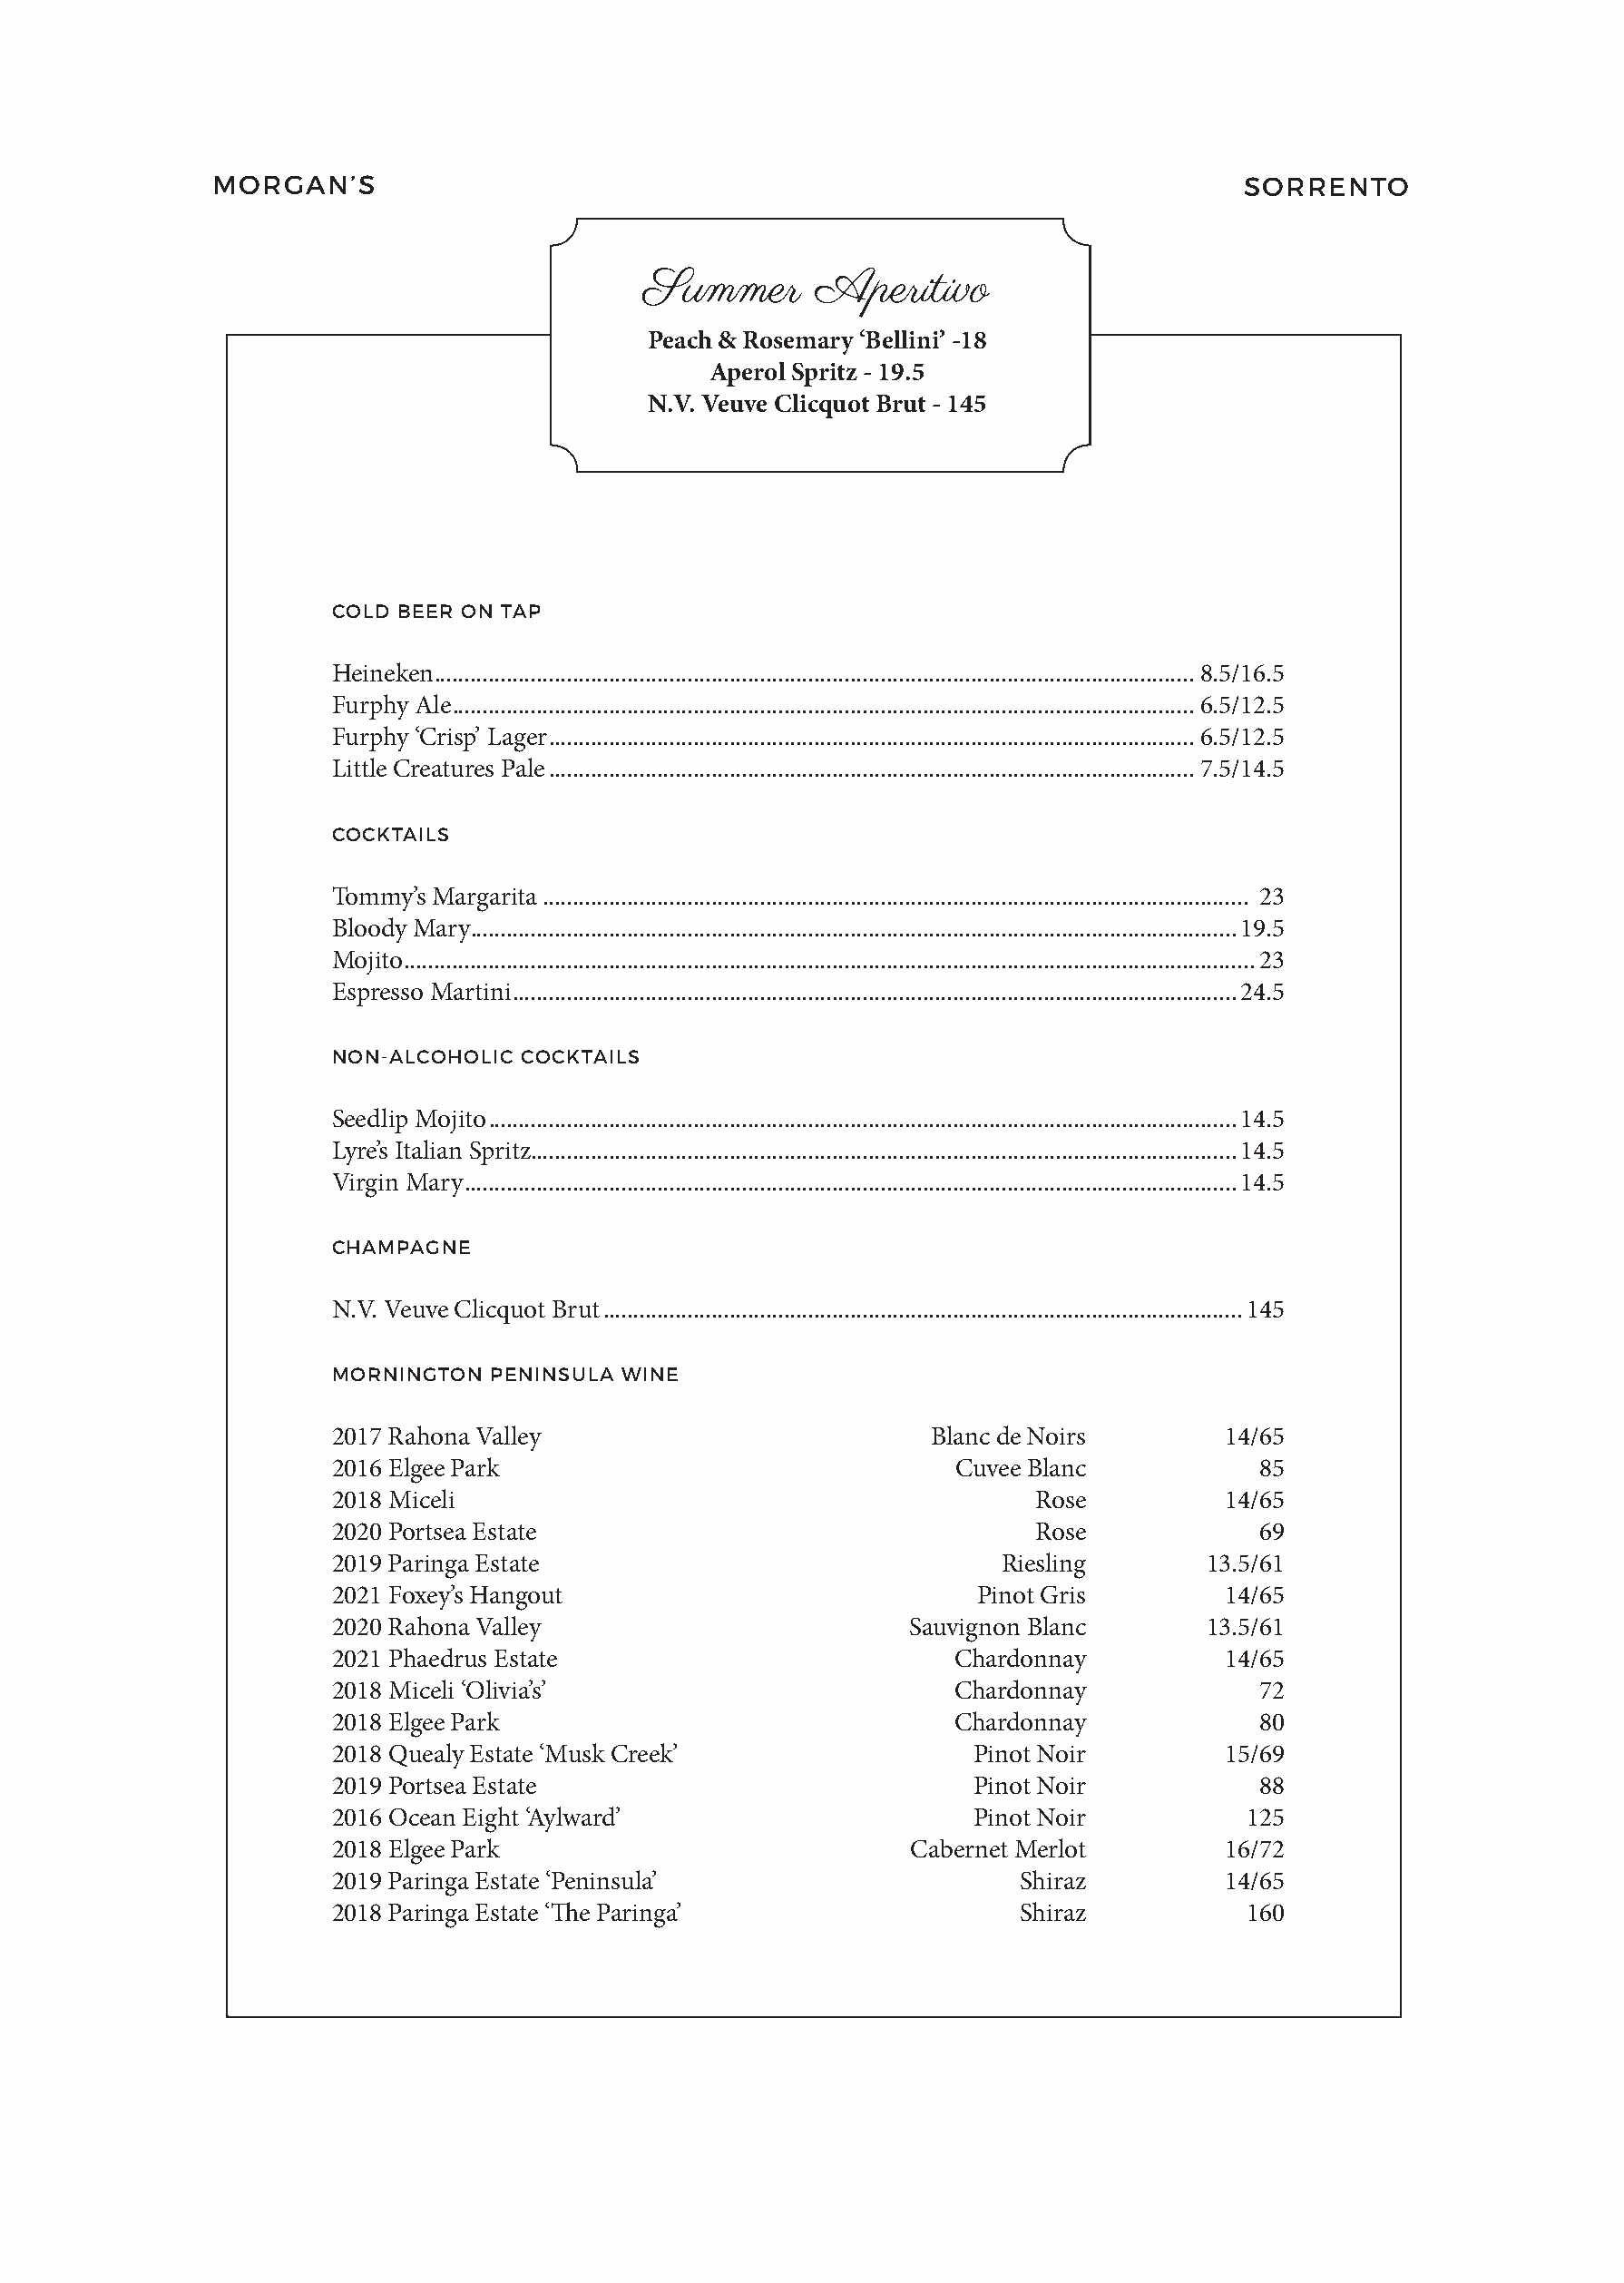
MORGAN’S                                                                    SORRENTO
 Summer      Aperitivo
 Peach & Rosemary ‘Bellini’ -18
 Aperol Spritz - 19.5
 N.V. Veuve Clicquot Brut - 145
 COLD BEER ON TAP
 Heineken ..............................................................................................................................8.5/16.5
 Furphy Ale ...........................................................................................................................6.5/12.5
 Furphy ‘Crisp’ Lager ...........................................................................................................6.5/12.5
 Little Creatures Pale ...........................................................................................................7.5/14.5
 COCKTAILS
 Tommy’s Margarita ..................................................................................................................... 23
 Bloody Mary ...............................................................................................................................19.5
 Mojito .............................................................................................................................................23
 Espresso Martini ........................................................................................................................24.5
 NON-ALCOHOLIC COCKTAILS
 Seedlip Mojito ............................................................................................................................14.5
 Lyre’s Italian Spritz .....................................................................................................................14.5
 Virgin Mary ................................................................................................................................14.5
 CHAMPAGNE
 N.V. Veuve Clicquot Brut ..........................................................................................................145
 MORNINGTON  PENINSULA WINE
 2017 Rahona Valley                          Blanc de Noirs       14/65
 2016 Elgee Park                               Cuvee Blanc           85
 2018 Miceli                                        Rose          14/65
 2020 Portsea Estate                                Rose             69
 2019 Paringa Estate                              Riesling       13.5/61
 2021 Foxey’s Hangout                           Pinot Gris        14/65
 2020 Rahona Valley                        Sauvignon Blanc       13.5/61
 2021 Phaedrus Estate                          Chardonnay         14/65
 2018 Miceli ‘Olivia’s’                        Chardonnay            72
 2018 Elgee Park                               Chardonnay            80
 2018 Quealy Estate ‘Musk Creek’                Pinot Noir        15/69
 2019 Portsea Estate                            Pinot Noir           88
 2016 Ocean Eight ‘Aylward’                     Pinot Noir          125
 2018 Elgee Park                           Cabernet Merlot        16/72
 2019 Paringa Estate ‘Peninsula’                   Shiraz         14/65
 2018 Paringa Estate ‘The Paringa’                 Shiraz           160